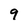
Character: 9